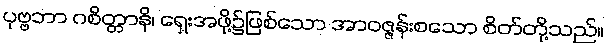
ပုဗ္ဗဘာ ဂစိတ္တာနိ၊ ရှေးအဖို့၌ဖြစ်သော အာဝဇ္ဇန်းစသော စိတ်တို့သည်။